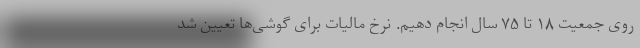
روی جمعیت ۱۸ تا ۷۵ سال انجام دهیم. نرخ مالیات برای گوشی‌ها تعیین شد